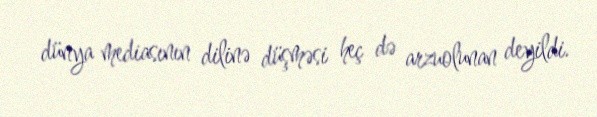
dünya mediasının dilinə düşməsi heç də arzuolunan deyildi.